Annual report on the working of the Harcourt Butler Institute of Public Health, Rangoon
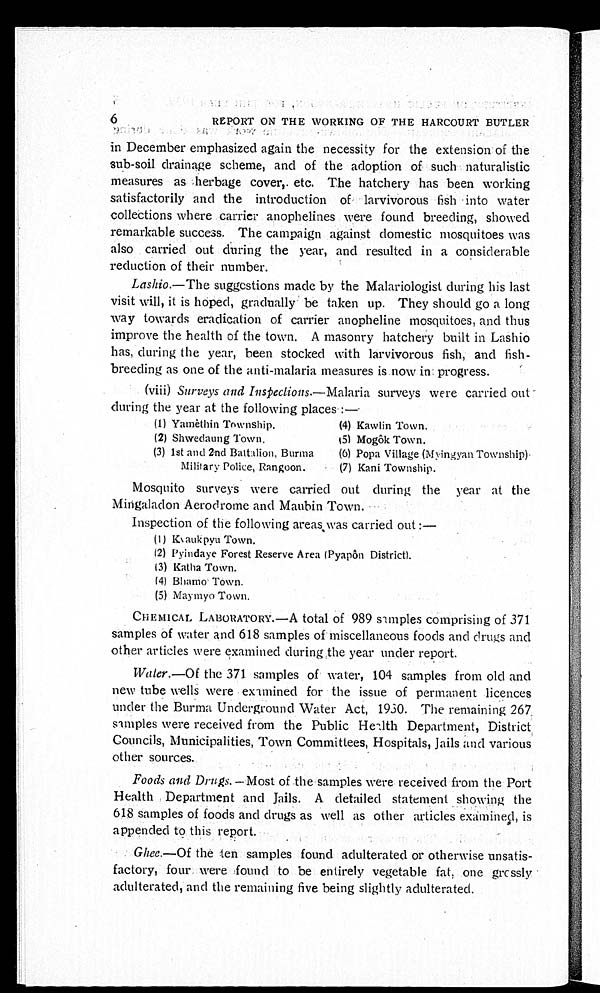
6
REPORT ON THE WORKING OF THE HARCOURT BUTLER
in December emphasized again the necessity for the extension of the
sub-soil drainage scheme, and of the adoption of such naturalistic
measures as herbage cover, etc. The hatchery has been working
satisfactorily and the introduction of larvivorous fish into water
collections where carrier anophelines were found breeding, showed
remarkable success. The campaign against domestic mosquitoes was
also carried out during the year, and resulted in a considerable
reduction of their number.
Lashio. —The suggestions made by the Malariologist during his last
visit will, it is hoped, gradually be taken up. They should go a long
way towards eradication of carrier anopheline mosquitoes, and thus
improve the health of the town. A masonry hatchery built in Lashio
has, during the year, been stocked with larvivorous fish, and fish-
breeding as one of the anti-malaria measures is now in progress.
(viii) Surveys and Inspections.—Malaria surveys were carried out
during the year at the following
places:—
(1) Yamèthin Township.
(4) Kawlin Town.
(2) Shwedaung Town.
(5) Mogôk Town.
(3) 1st and 2nd Battalion, Burma (6) Popa Village (Myingyan Township)
Military Police, Rangoon. (7) Kani Township.
Mosquito surveys were carried out during the year at the
Mingaladon Aerodrome and Maubin Town.
Inspection of the following areas was carried out:
—
(1) Kvaukpyu Town.
(2)Pyindaye Forest Reserve Area (Pyapôn District).
(3)
Katha Town.
(4) Bhamo Town.
(5) Maymyo Town.
CHEMICAL LABORATORY.—A total of 989 samples comprising of 371
samples of water and 618 samples of miscellaneous foods and drugs and
other articles were examined during the year under report.
Water. —Of the 371 samples of water, 104 samples from old and
new tube wells were examined for the issue of permanent licences
under the Burma Underground Water Act, 1930. The remaining 267
samples were received from the Public Health Department, District,
Councils, Municipalities, Town Committees, Hospitals, Jails and various
other sources.
-
Foods and Drugs.—Most of the samples were received from the Port
Health Department and Jails. A detailed statement showing the
618 samples of foods and drugs as well as other articles examined, is
appended to this report.
Ghee. —Of the ten samples found adulterated or otherwise unatis
-factory, four were found to be entirely vegetable fat, one grossly
adulterated, and the remaining five being slightly adulterated.